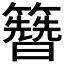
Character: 𬖂